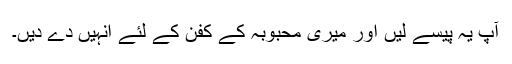
آپ یہ پیسے لیں اور میری محبوبہ کے کفن کے لئے انہیں دے دیں۔